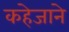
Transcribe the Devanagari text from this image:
कहेजाने